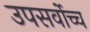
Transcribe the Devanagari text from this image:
उपसर्वोच्च